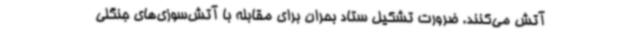
آتش می‌کنند. ضرورت تشکیل ستاد بحران برای مقابله با آتش‌سوزی‌های جنگلی